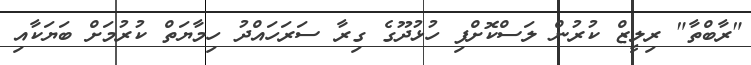
"ރާބްތާ" ރިލީޒް ކުރުން ލަސްކޮށްފި ހުޅުދޫގެ ގިރާ ސަރަހައްދު ހިމާޔަތް ކުރުމަށް ބަޔަކާއި